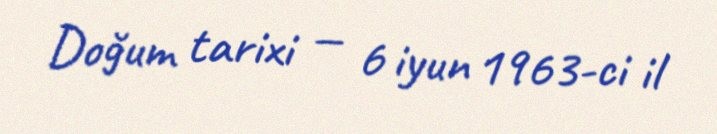
Doğum tarixi — 6 iyun 1963-ci il